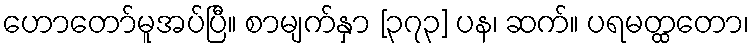
ဟောတော်မူအပ်ပြီ။ စာမျက်နှာ [၃၇၃] ပန၊ ဆက်။ ပရမတ္ထတော၊